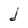
Character: d